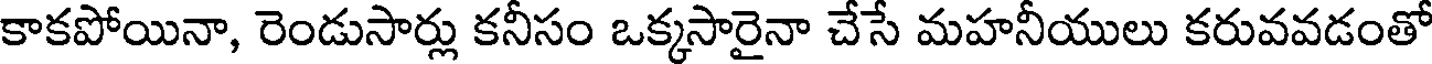
కాకపోయినా, రెండుసార్లు కనీసం ఒక్కసారైనా చేసే మహనీయులు కరువవడంతో